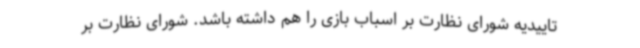
تاییدیه شورای نظارت بر اسباب بازی را هم داشته باشد. شورای نظارت بر